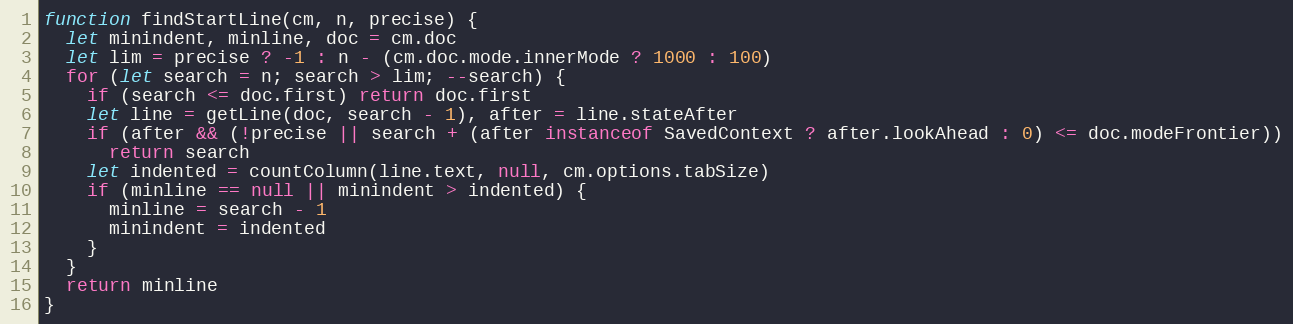
Language: JavaScript
function findStartLine(cm, n, precise) {
  let minindent, minline, doc = cm.doc
  let lim = precise ? -1 : n - (cm.doc.mode.innerMode ? 1000 : 100)
  for (let search = n; search > lim; --search) {
    if (search <= doc.first) return doc.first
    let line = getLine(doc, search - 1), after = line.stateAfter
    if (after && (!precise || search + (after instanceof SavedContext ? after.lookAhead : 0) <= doc.modeFrontier))
      return search
    let indented = countColumn(line.text, null, cm.options.tabSize)
    if (minline == null || minindent > indented) {
      minline = search - 1
      minindent = indented
    }
  }
  return minline
}